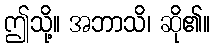
ဤသို့။ အဘာသိ၊ ဆို၏။